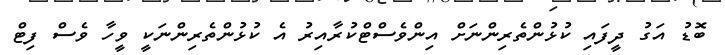
ބޮޑު އަގު ދީފައި ކުޅުންތެރިންނަށް އިންވެސްޓްކުރާއިރު އެ ކުޅުންތެރިންނަކީ ވީހާ ވެސް ފިޓް